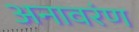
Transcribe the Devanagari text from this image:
अनावरंण